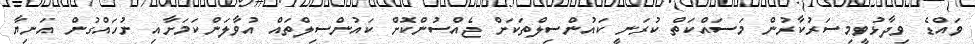
ވައްޑެ ވިދާޅުވީމިސަރުކާރުން މަސައްކަތް ކުރަނީ ކައުންސިލްތަކަށް ޖެއްސުންކޮށް ކައުންސިލްތައް އުވާލަންކަމަށާއި ނުހައްގުން އަނިޔާ